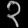
Digit: ၃